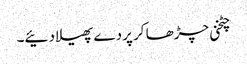
چٹخنی چڑھا کر پردے پھیلا دئیے۔